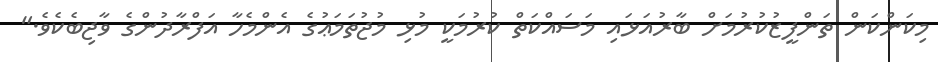
މިކަންކަން ތަންފީޒުކުރުމަށް ބާރުއަޅައި މަސައްކަތް ކުރުމަކީ މުޅި މުޖުތަމަޢުގެ އެންމެހާ އަފްރާދުންގެ ވާޖިބެކެވެ."